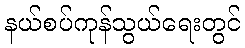
နယ်စပ်ကုန်သွယ်ရေးတွင်